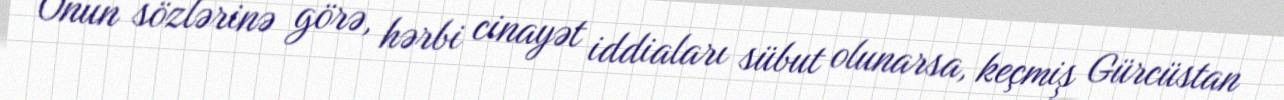
Onun sözlərinə görə, hərbi cinayət iddiaları sübut olunarsa, keçmiş Gürcüstan